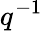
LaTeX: q^{-1}